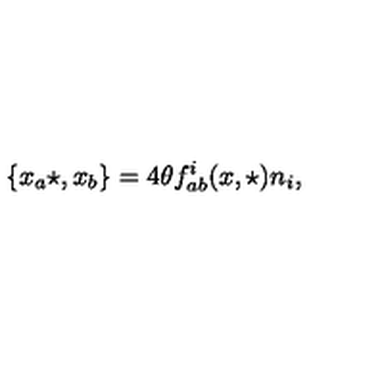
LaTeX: \{ x _ { a } \star , x _ { b } \} = 4 \theta f _ { a b } ^ { i } ( x , \star ) n _ { i } ,